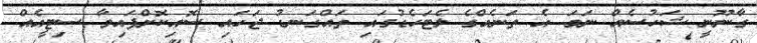
ގާނޫނީ ޝަހުސެއް ނަމަ އެ ތަނެއްގެ ލެޓަހެޑުގައި ތައްގަނޑު ޖަހައި ސޮއިކޮށްފައިވާ ސިޓީއެއް